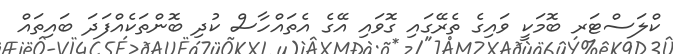
ކްލަސްޓަރ ބޮމަކީ ވައިގެ ތެރޭގައި ގޮވައި އޭގެ އެތައްހާސް ކުދި ބޮންތަކެއްފަދަ ބައިތައް